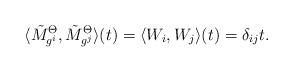
LaTeX: \begin{align*}\langle\tilde{M}^{\Theta}_{g^i},\tilde{M}^{\Theta}_{g^j}\rangle(t)= \langle W_{i},W_{j}\rangle(t)=\delta_{ij}t.\end{align*}